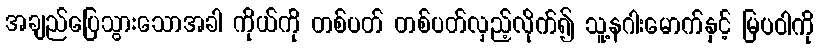
အချည်ပြေသွားသောအခါ ကိုယ်ကို တစ်ပတ် တစ်ပတ်လှည့်လိုက်၍ သူ့နဂါးမောက်နှင့် မြပဝါကို